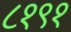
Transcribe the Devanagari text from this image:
८१९१